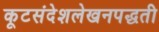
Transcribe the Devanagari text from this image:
कूटसंदेशलेखनपद्धती